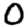
Digit: 0